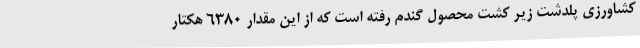
کشاورزی پلدشت زیر کشت محصول گندم رفته است که از این مقدار 6380 هکتار